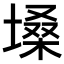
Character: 𪤌